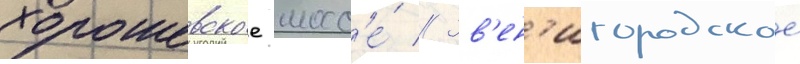
хорошевское шосс'е́ // Зв'ен'игородское